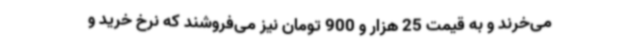
می‌خرند و به قیمت 25 هزار و 900 تومان نیز می‌فروشند که نرخ خرید و